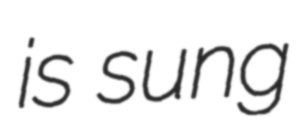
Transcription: is sung